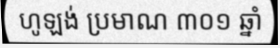
ហូឡង់ ប្រមាណ ៣០១ ឆ្នាំ